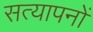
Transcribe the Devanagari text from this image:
सत्यापनों